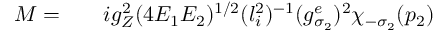
\begin{array} { r l r } { { \cal M } = } & { { } } & { i g _ { Z } ^ { 2 } ( 4 E _ { 1 } E _ { 2 } ) ^ { 1 / 2 } ( l _ { i } ^ { 2 } ) ^ { - 1 } ( g _ { \sigma _ { 2 } } ^ { e } ) ^ { 2 } \chi _ { - \sigma _ { 2 } } ( p _ { 2 } ) } \end{array}